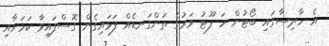
އެ ހާދިސާގައި ބޯޓުން ހަ ފޫޓު ވަރުގެ ތަންގަނޑެއް ފަޅައިގެން ގޮސްފައިވާ ކަމަށާއި